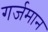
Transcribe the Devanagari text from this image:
गर्जमान